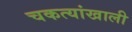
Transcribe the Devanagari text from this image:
चकत्यांखाली